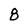
Character: 8